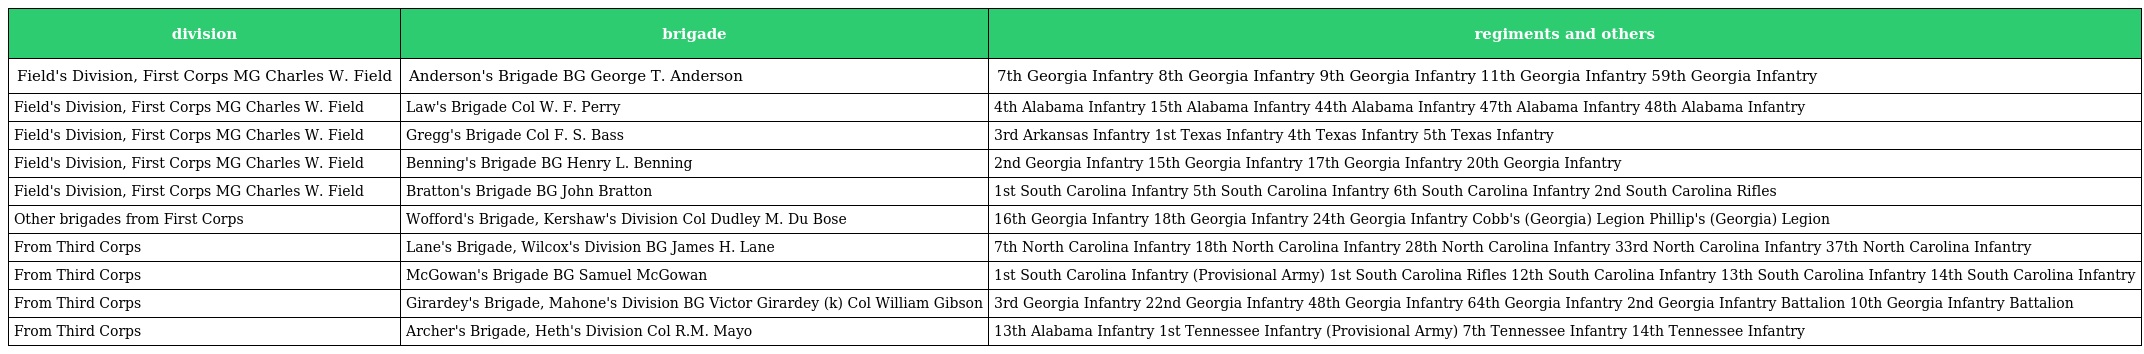
| division | brigade | regiments and others |
 | --- | --- | --- |
 | Field's Division, First Corps MG Charles W. Field | Anderson's Brigade BG George T. Anderson | 7th Georgia Infantry 8th Georgia Infantry 9th Georgia Infantry 11th Georgia Infantry 59th Georgia Infantry |
 | Field's Division, First Corps MG Charles W. Field | Law's Brigade Col W. F. Perry | 4th Alabama Infantry 15th Alabama Infantry 44th Alabama Infantry 47th Alabama Infantry 48th Alabama Infantry |
 | Field's Division, First Corps MG Charles W. Field | Gregg's Brigade Col F. S. Bass | 3rd Arkansas Infantry 1st Texas Infantry 4th Texas Infantry 5th Texas Infantry |
 | Field's Division, First Corps MG Charles W. Field | Benning's Brigade BG Henry L. Benning | 2nd Georgia Infantry 15th Georgia Infantry 17th Georgia Infantry 20th Georgia Infantry |
 | Field's Division, First Corps MG Charles W. Field | Bratton's Brigade BG John Bratton | 1st South Carolina Infantry 5th South Carolina Infantry 6th South Carolina Infantry 2nd South Carolina Rifles |
 | Other brigades from First Corps | Wofford's Brigade, Kershaw's Division Col Dudley M. Du Bose | 16th Georgia Infantry 18th Georgia Infantry 24th Georgia Infantry Cobb's (Georgia) Legion Phillip's (Georgia) Legion |
 | From Third Corps | Lane's Brigade, Wilcox's Division BG James H. Lane | 7th North Carolina Infantry 18th North Carolina Infantry 28th North Carolina Infantry 33rd North Carolina Infantry 37th North Carolina Infantry |
 | From Third Corps | McGowan's Brigade BG Samuel McGowan | 1st South Carolina Infantry (Provisional Army) 1st South Carolina Rifles 12th South Carolina Infantry 13th South Carolina Infantry 14th South Carolina Infantry |
 | From Third Corps | Girardey's Brigade, Mahone's Division BG Victor Girardey (k) Col William Gibson | 3rd Georgia Infantry 22nd Georgia Infantry 48th Georgia Infantry 64th Georgia Infantry 2nd Georgia Infantry Battalion 10th Georgia Infantry Battalion |
 | From Third Corps | Archer's Brigade, Heth's Division Col R.M. Mayo | 13th Alabama Infantry 1st Tennessee Infantry (Provisional Army) 7th Tennessee Infantry 14th Tennessee Infantry |